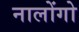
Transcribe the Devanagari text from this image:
नालोंगो